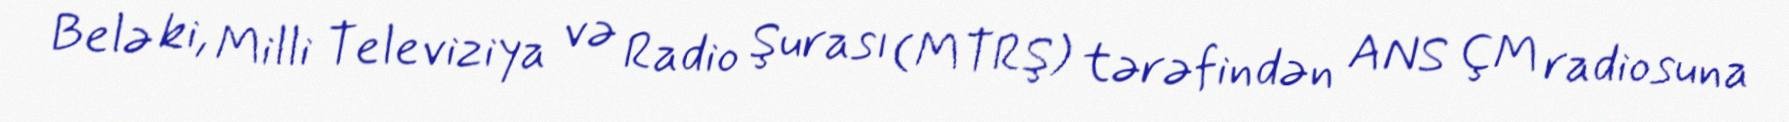
Belə ki, Milli Televiziya və Radio Şurası (MTRŞ) tərəfindən ANS ÇM radiosuna